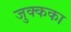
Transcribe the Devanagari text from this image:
जुक्कका